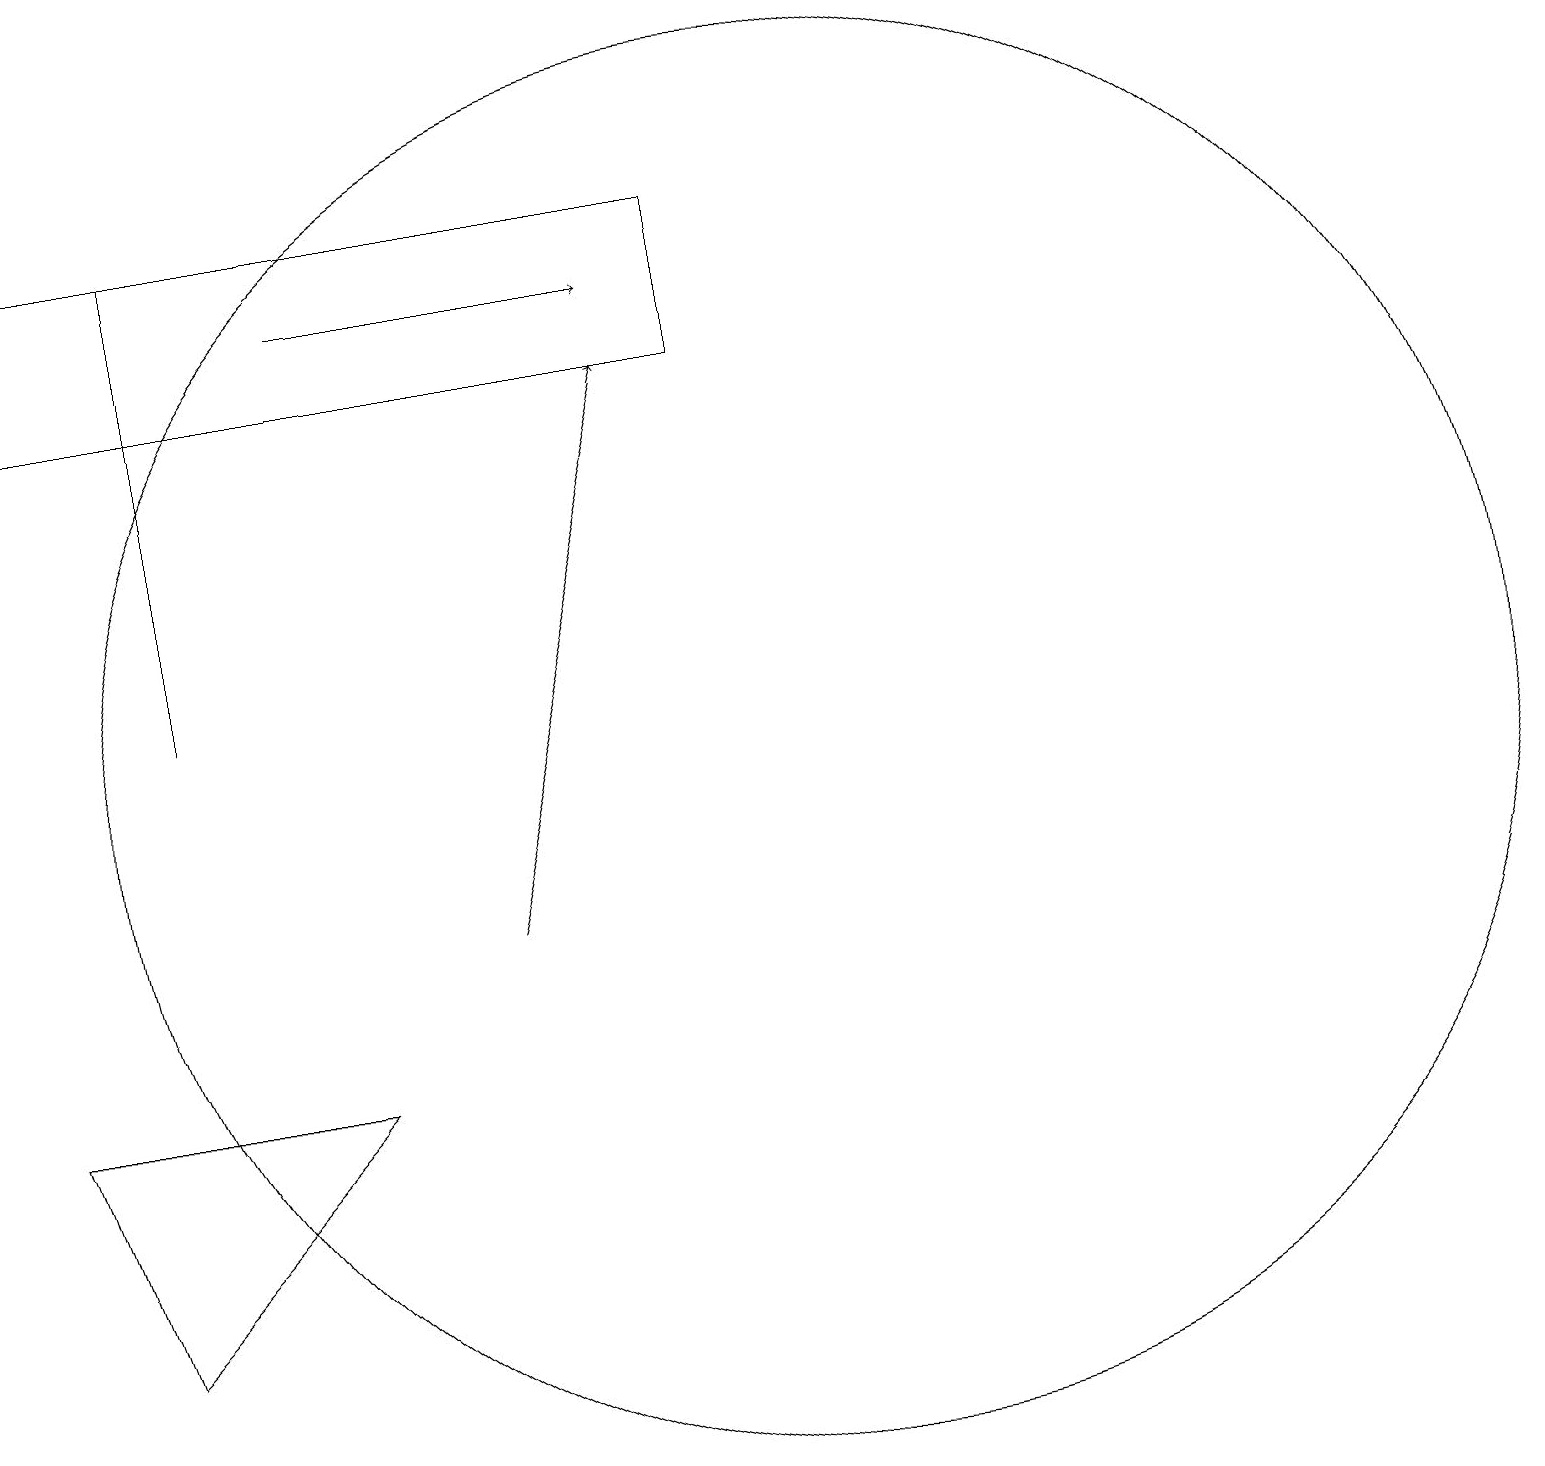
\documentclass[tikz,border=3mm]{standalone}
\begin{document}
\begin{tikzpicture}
\draw[->] (4,18) -- (8,18);
\draw (2,13) rectangle (2,19);
\draw (10,12) circle (9);
\draw[->] (6,10) -- (8,17);
\draw (4,8) -- (0,8) -- (1,5) -- cycle;
\draw (0,19) rectangle (9,17);
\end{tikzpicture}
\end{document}